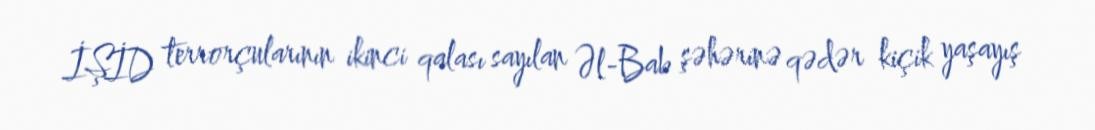
İŞİD terrorçularının ikinci qalası sayılan Əl-Bab şəhərinə qədər kiçik yaşayış